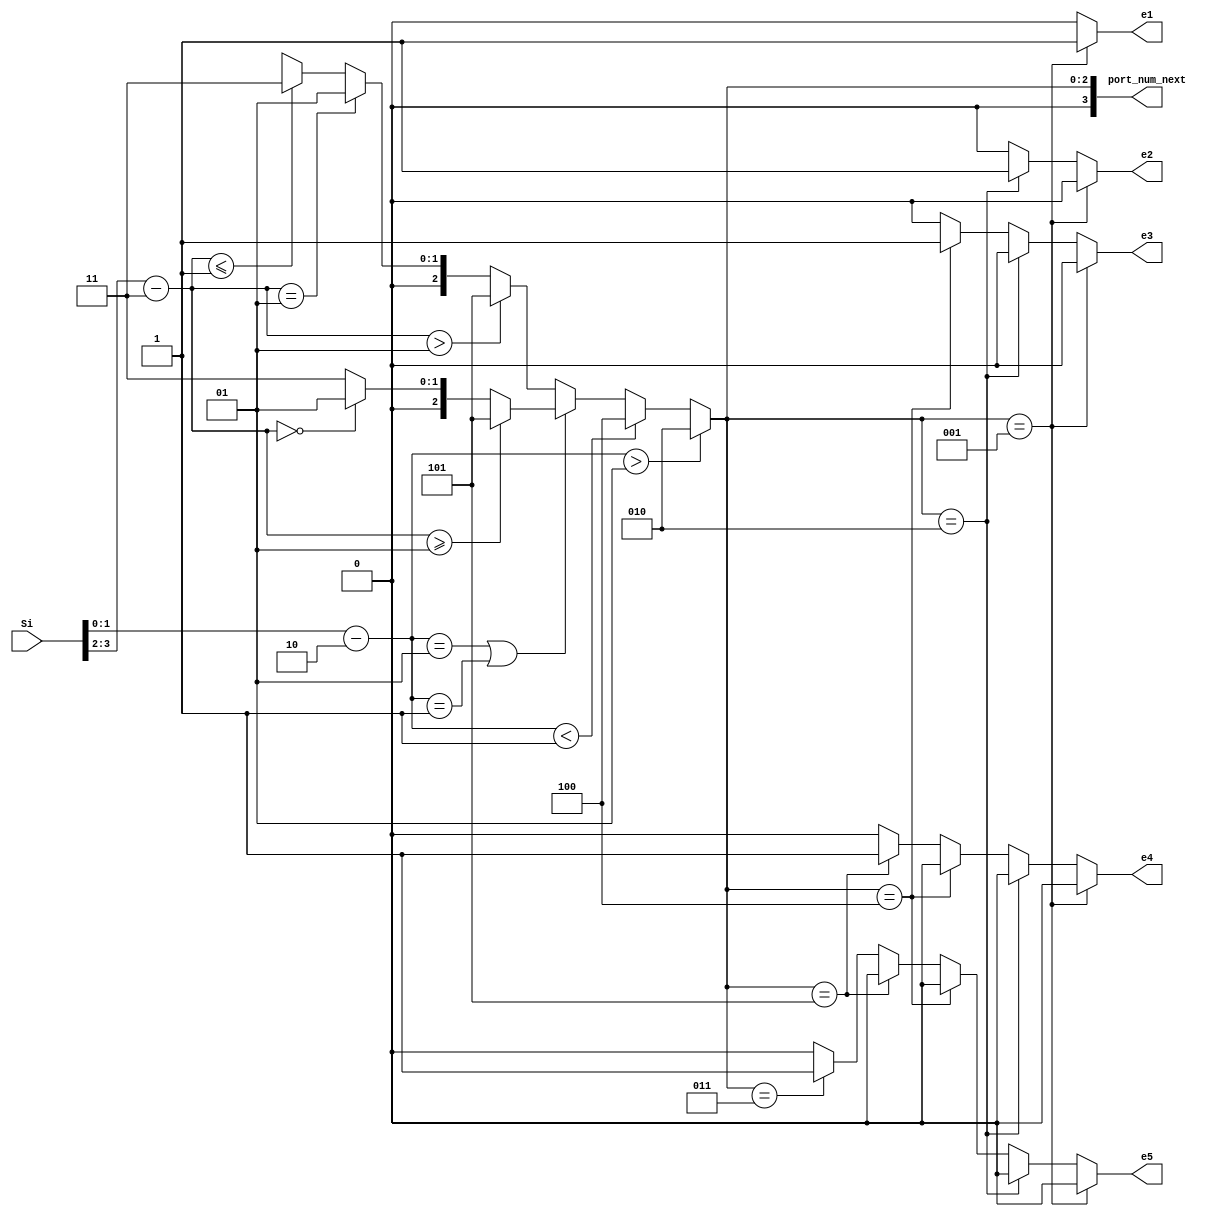
`timescale 1ns / 1ps
//////////////////////////////////////////////////////////////////////////////////
// Company: 
// Engineer: 
// 
// Design Name: 
// Module Name:    compute4 
// Project Name: 
// Target Devices: 
// Tool versions: 
// Description: 
//
// Dependencies: 
//
// Revision: 
// Revision 0.01 - File Created
// Additional Comments: 
//
//////////////////////////////////////////////////////////////////////////////////
module computeR44( Si,port_num_next, e1,e2,e3,e4,e5
		); //,);

input wire[7:0] Si;
//output [3:0] Lo, Eo, Wo, No, So;
output [3:0] port_num_next;
wire [3:0]  Lo, Eo, Wo, No, So;
output reg e1,e2,e3,e4,e5;

  assign Lo    =        3'd1;  
assign Eo  =          3'd2;
   assign No    =        3'd3;  
    assign Wo    =        3'd4;  
  assign So   =         3'd5;  
   //assign HDR_FLIT =  2'b10;
 //  assign BODY_FLIT = 2'b00;
  // assign  TAIL_FLIT = 2'b01;
	 
	localparam X_NODE_NUM                    =    4;
   localparam Y_NODE_NUM                    =    4;
   localparam X_NODE_NUM_WIDTH            =    2;
   localparam Y_NODE_NUM_WIDTH            =    2;
	localparam X_S_Adress                  = 2;
	localparam Y_S_Adress                  = 3;
	
	// input   
	wire  [X_NODE_NUM_WIDTH-1        :0]    dest_x_node_in;
//    input  
	wire   [Y_NODE_NUM_WIDTH-1        :0]    dest_y_node_in;
	//output    [3:0]    port_num_out;
	reg [3:0]    port_num_next;
    
	  wire signed [X_NODE_NUM_WIDTH        :0] xc;//current
    wire signed [X_NODE_NUM_WIDTH        :0] xd;//destination
    wire signed [Y_NODE_NUM_WIDTH        :0] yc;//current
    wire signed [Y_NODE_NUM_WIDTH        :0] yd;//destination
    wire signed [X_NODE_NUM_WIDTH        :0] xdiff;
    wire signed [Y_NODE_NUM_WIDTH        :0] ydiff;
    
	 assign dest_x_node_in=Si[1:0];
	 assign dest_y_node_in=Si[3:2];
	 
    assign     xc     =X_S_Adress [X_NODE_NUM_WIDTH-1        :0];
    assign     yc     =Y_S_Adress[Y_NODE_NUM_WIDTH-1        :0];
    assign    xd        =dest_x_node_in;
    assign    yd     = dest_y_node_in;
    assign     xdiff    = xd-xc;
    assign    ydiff    = yd-yc;
    
	 
    
    always@(*)begin
     // port_num_next    = Lo;
           if                (xdiff    >  1)        port_num_next    = Eo;
         else if        (xdiff    < -1)        port_num_next    = Wo;
            else if        (xdiff    ==    1 || xdiff    ==    -1     )
			begin
                if            (ydiff    >= 1)        port_num_next    = So;
                else if     (ydiff    ==    0)        port_num_next    = Lo;
                else                                 port_num_next    = No;
           end  // xdiff    ==    1 || xdiff    ==    -1     
            else begin //xdiff ==0
              if            (ydiff    >    1)        port_num_next    = So;
                else if    (ydiff    ==    1)        port_num_next    = Lo;
            //   else if    (ydiff    ==-1)        port_num_next    = L;
                else if    (ydiff    <= -1)        port_num_next    = No;
               else                                 port_num_next    = 1'bx; //xdiff ==0
          end //else
    end
	 //assign    port_num_out= port_num_next;
	 always@(*)begin
	 if(port_num_next== Lo)  begin 
	 e1=1; 
	 e2=0;
	 e3=0;
	 e4=0;
	 e5=0;
	 end
	else if (port_num_next== Eo) begin e1=0; 
	 e2=1;
	 e3=0;
	 e4=0;
	 e5=0;
	 end
	else if (port_num_next==Wo) 
	begin 
	 e1=0; 
	 e2=0;
	 e3=1;
	 e4=0;
	 e5=0;
	 end
	else if(port_num_next==So) begin e1=0; 
	 e2=0;
	 e3=0;
	 e4=1;
	 e5=0;
	 end
 else    if(port_num_next==No)   begin e1=0; 
	 e2=0;
	 e3=0;
	 e4=0;
	 e5=1;
 end
 else begin e1=0; 
	 e2=0;
	 e3=0;
	 e4=0;
	 e5=0;
 end 
 end 
endmodule